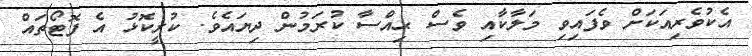
އެކުވެރިއަކަށް ވެފައިވި މަލާކާއި ވެސް ޙިއްސާ ކުރަމުން ދިޔައެވެ. ކުރީކޮޅު އެ ފޮޓޯތައް